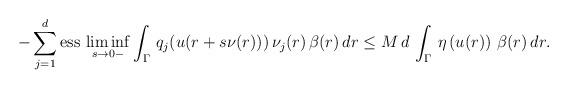
LaTeX: \begin{align*}-\displaystyle\sum_{j=1}^{d}\mbox{ess}\,\displaystyle\liminf_{s\to 0-}\int_{\Gamma}\,q_{j}(u(r +s\nu(r)))\,\nu_{j}(r)\,\beta(r)\,dr \leq M\,d\,\int_{\Gamma}\,\eta\left(u(r)\right)\,\beta(r)\,dr.\end{align*}